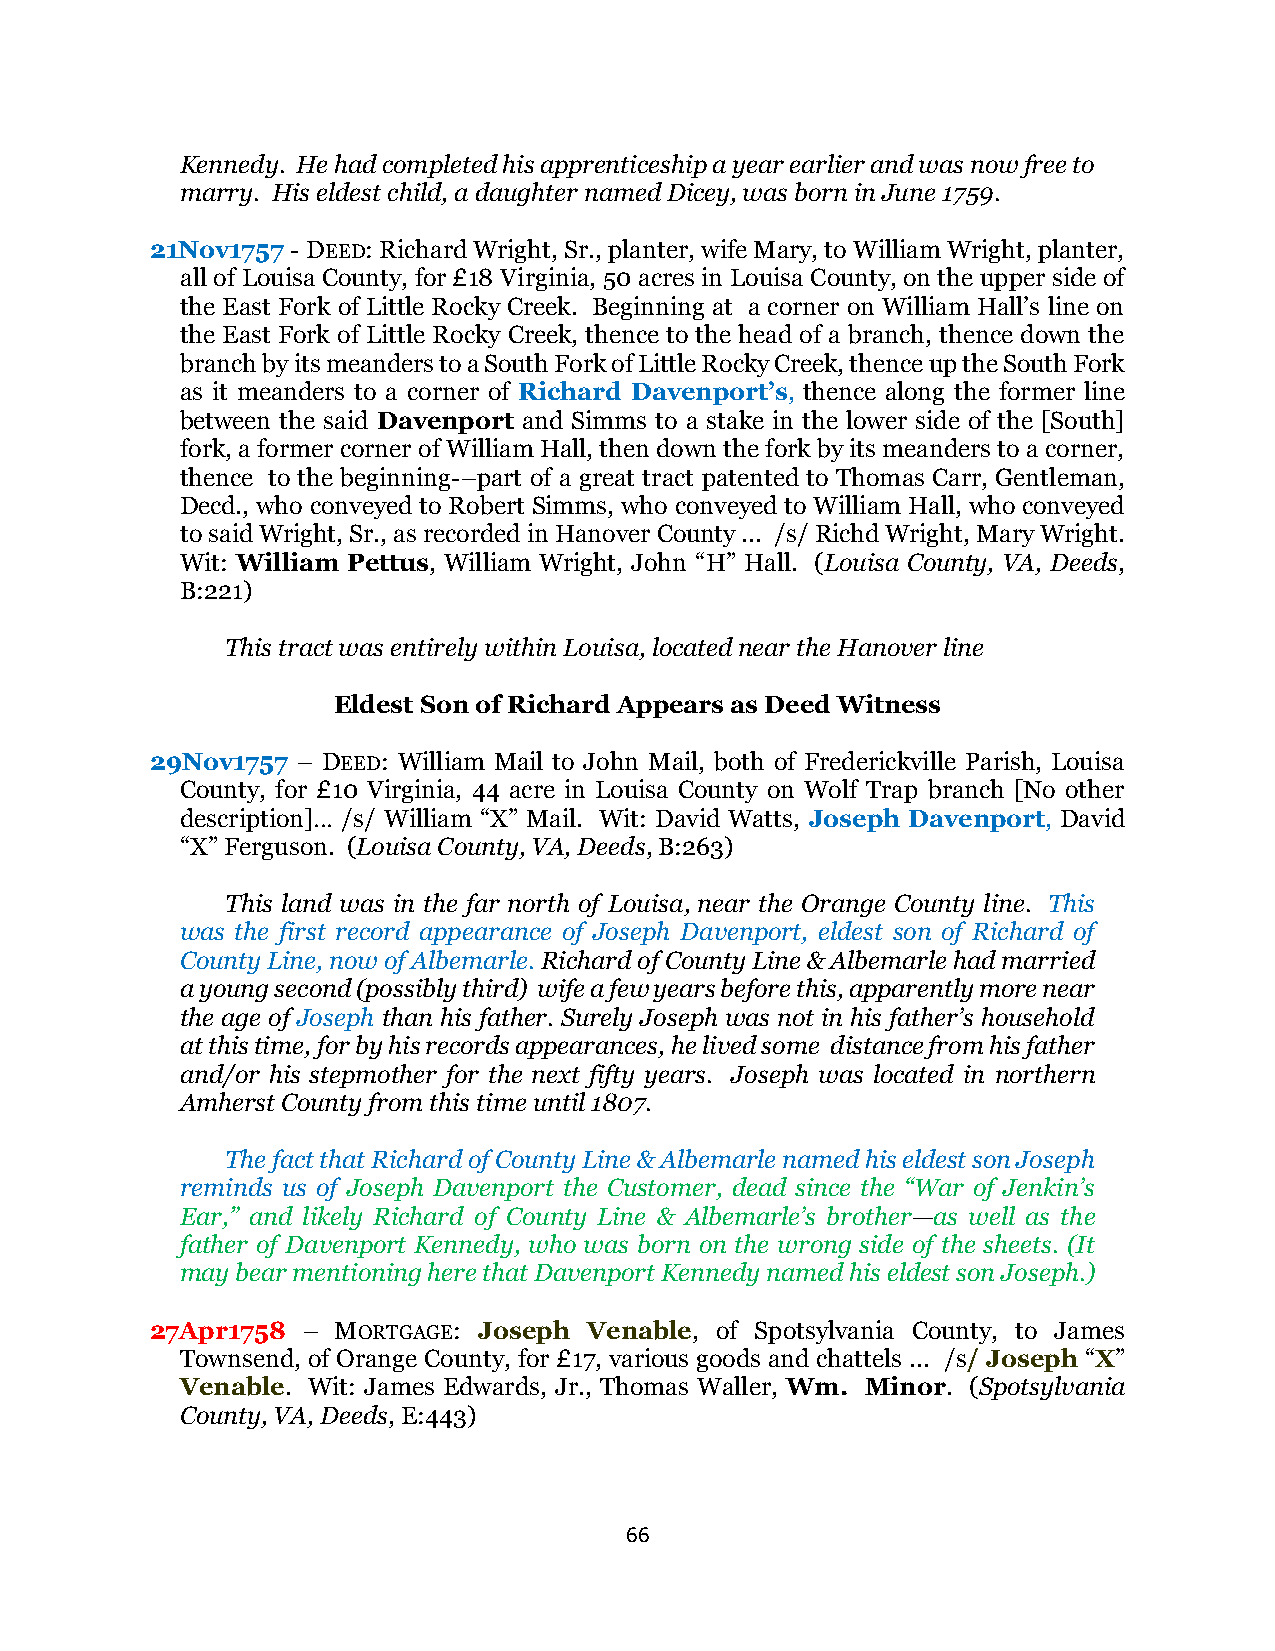
Kennedy. He had completed his apprenticeship a year earlier and was now free to
 marry. His eldest child, a daughter named Dicey, was born in June 1759.
 21Nov1757 - DEED: Richard Wright, Sr., planter, wife Mary, to William Wright, planter,
 all of Louisa County, for £18 Virginia, 50 acres in Louisa County, on the upper side of
 the East Fork of Little Rocky Creek. Beginning at a corner on William Hall’s line on
 the East Fork of Little Rocky Creek, thence to the head of a branch, thence down the
 branch by its meanders to a South Fork of Little Rocky Creek, thence up the South Fork
 as it meanders to a corner of Richard Davenport’s, thence along the former line
 between the said Davenport and Simms to a stake in the lower side of the [South]
 fork, a former corner of William Hall, then down the fork by its meanders to a corner,
 thence to the beginning-–part of a great tract patented to Thomas Carr, Gentleman,
 Decd., who conveyed to Robert Simms, who conveyed to William Hall, who conveyed
 to said Wright, Sr., as recorded in Hanover County ... /s/ Richd Wright, Mary Wright.
 Wit: William Pettus, William Wright, John “H” Hall. (Louisa County, VA, Deeds,
 B:221)
 This tract was entirely within Louisa, located near the Hanover line
 Eldest Son of Richard Appears as Deed Witness
 29Nov1757 – DEED: William Mail to John Mail, both of Frederickville Parish, Louisa
 County, for £10 Virginia, 44 acre in Louisa County on Wolf Trap branch [No other
 description]… /s/ William “X” Mail. Wit: David Watts, Joseph Davenport, David
 “X” Ferguson. (Louisa County, VA, Deeds, B:263)
 This land was in the far north of Louisa, near the Orange County line. This
 was the first record appearance of Joseph Davenport, eldest son of Richard of
 County Line, now of Albemarle. Richard of County Line & Albemarle had married
 a young second (possibly third) wife a few years before this, apparently more near
 the age of Joseph than his father. Surely Joseph was not in his father’s household
 at this time, for by his records appearances, he lived some distance from his father
 and/or his stepmother for the next fifty years. Joseph was located in northern
 Amherst County from this time until 1807.
 The fact that Richard of County Line & Albemarle named his eldest son Joseph
 reminds us of Joseph Davenport the Customer, dead since the “War of Jenkin’s
 Ear,” and likely Richard of County Line & Albemarle’s brother—as well as the
 father of Davenport Kennedy, who was born on the wrong side of the sheets. (It
 may bear mentioning here that Davenport Kennedy named his eldest son Joseph.)
 27Apr1758 – MORTGAGE: Joseph Venable, of Spotsylvania County, to James
 Townsend, of Orange County, for £17, various goods and chattels ... /s/ Joseph “X”
 Venable. Wit: James Edwards, Jr., Thomas Waller, Wm. Minor. (Spotsylvania
 County, VA, Deeds, E:443)
 66